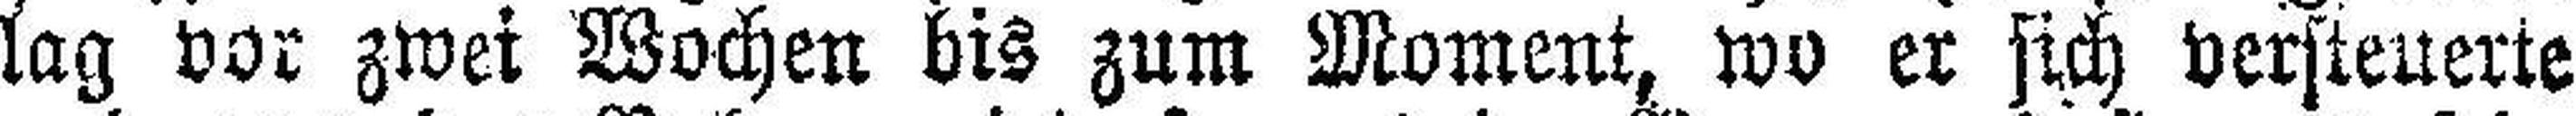
lag vor zwei Wochen bis zum Moment, wo er sich versteuerte